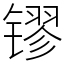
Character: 镠